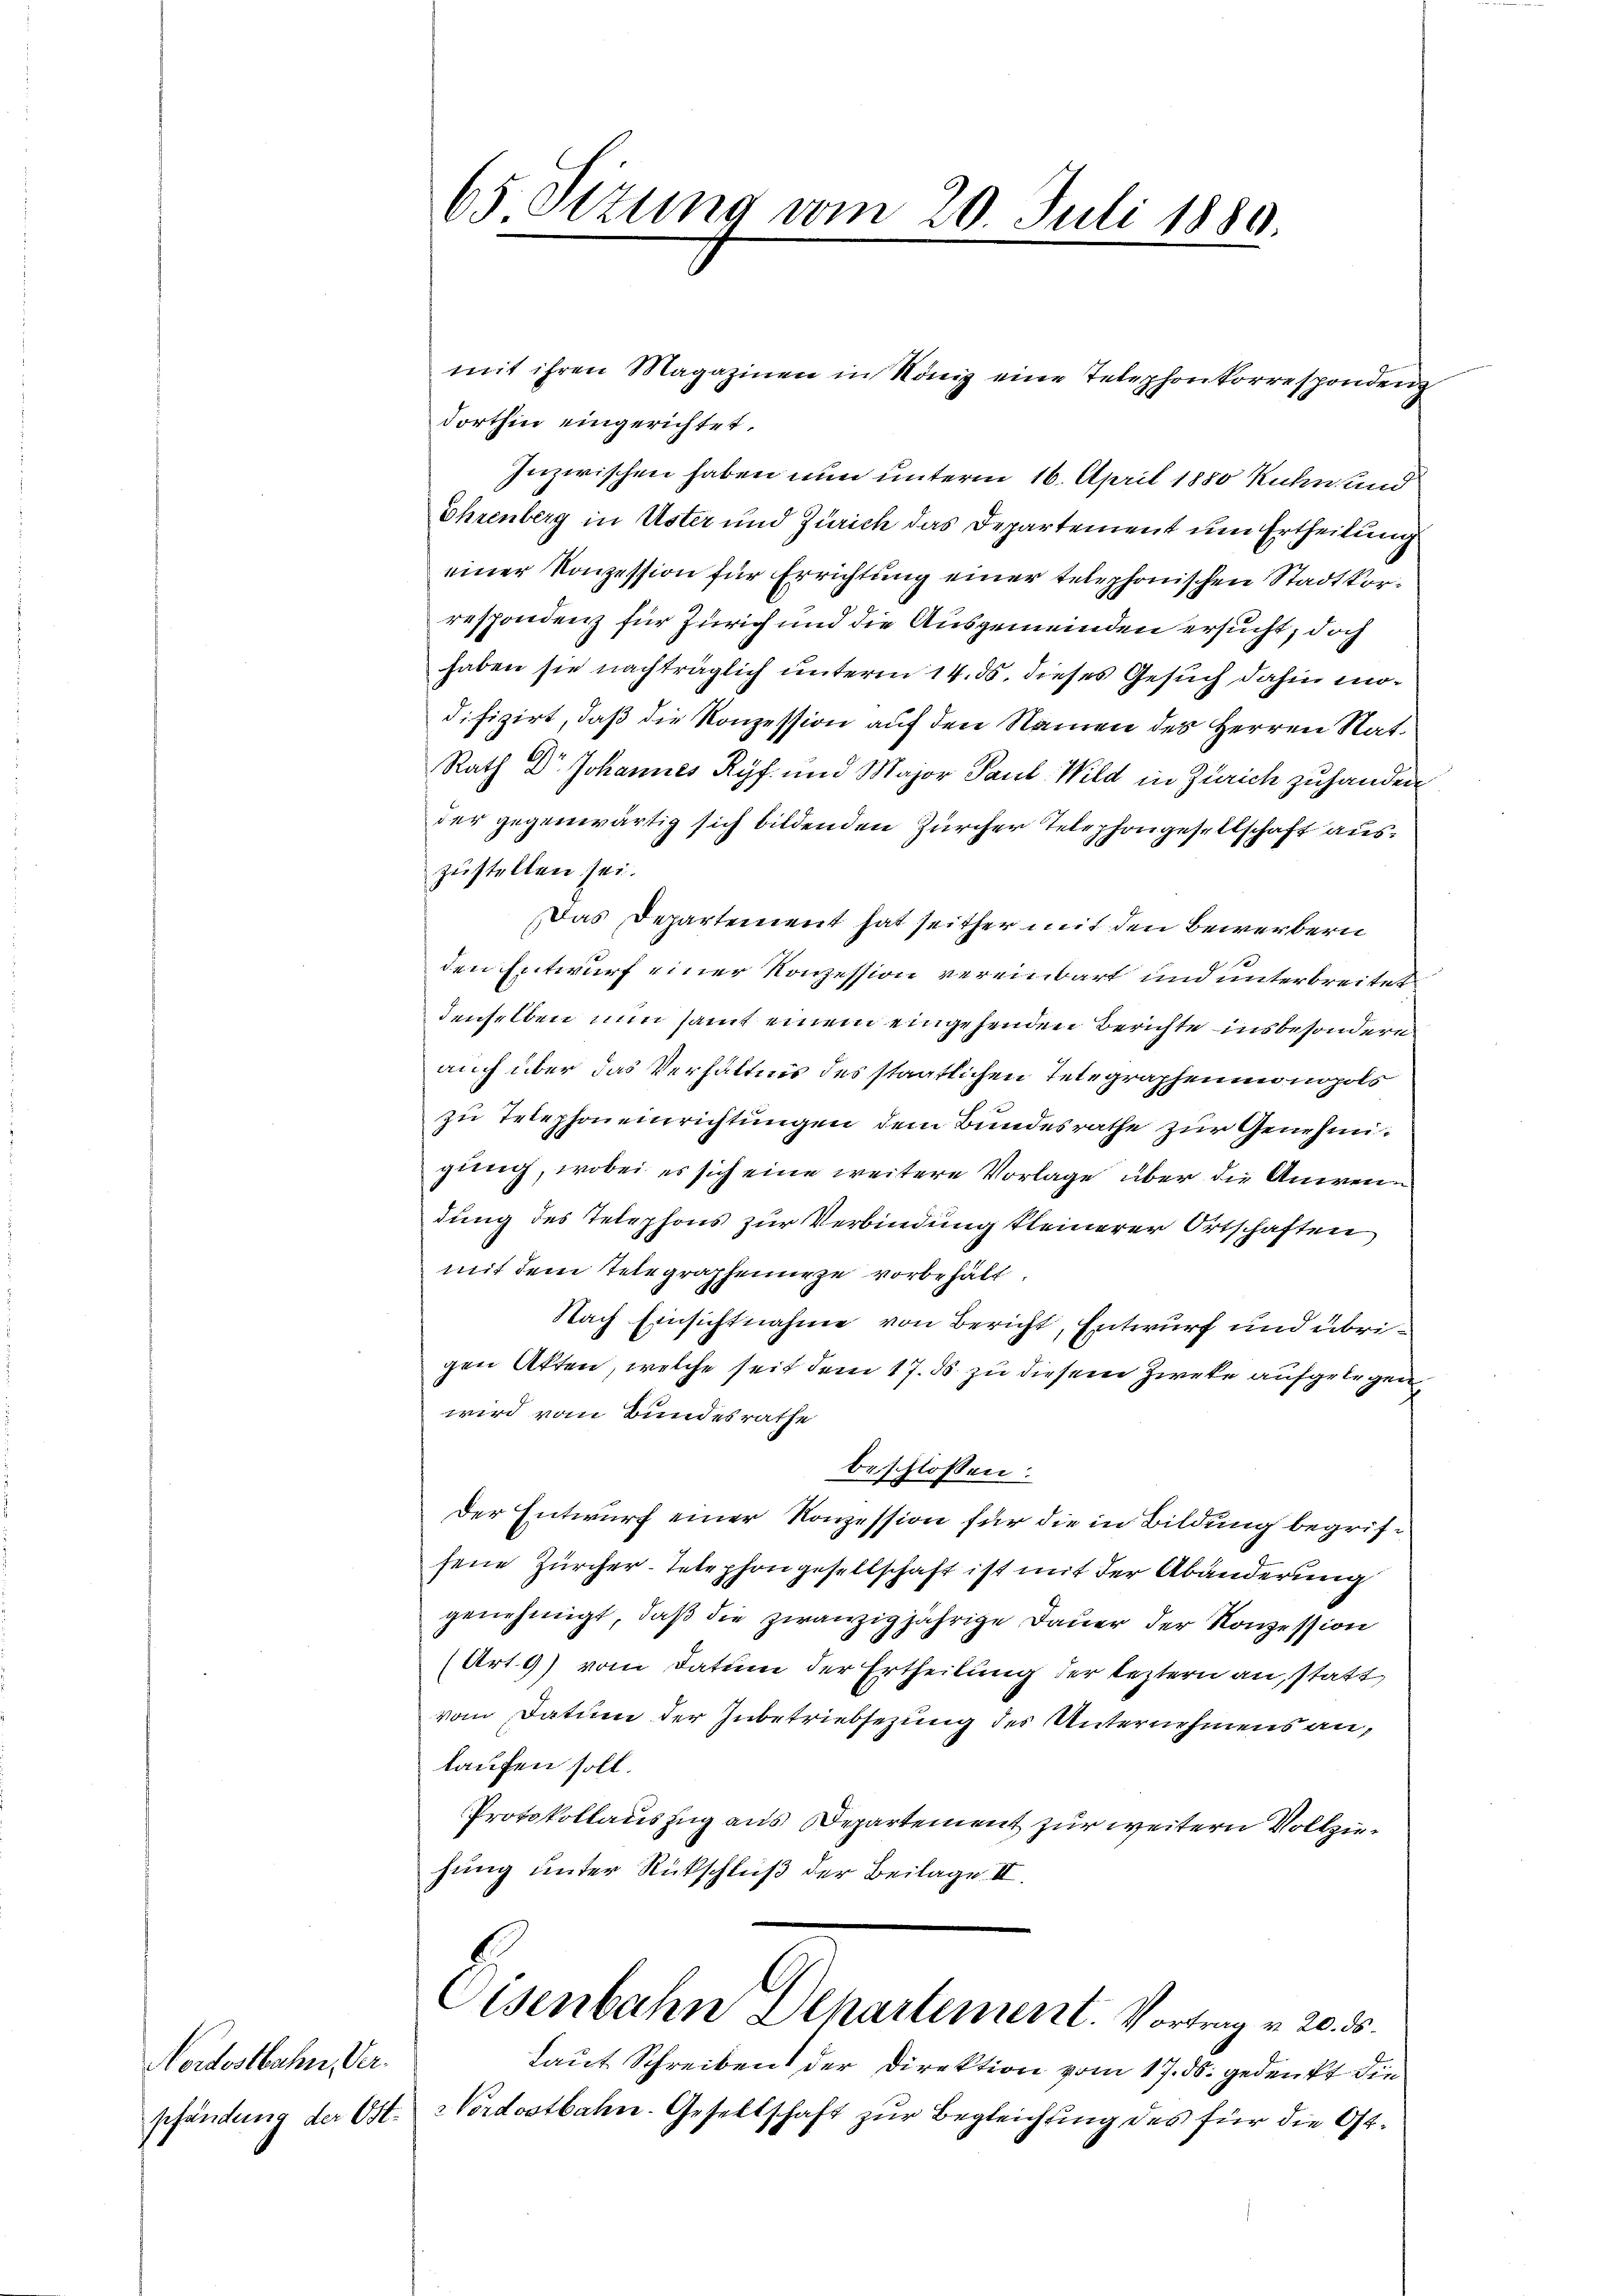
Nordostbahn, Verpfändung der Ost-

65 Sizung vom 20. Juli 1880

mit ihren Magazinen in König eine Telephonkorrespondenz
dorthin eingerichtet.
Inzwischen haben nun unterm 16. April 1880 Kuhn und
Ehrenberg in Uster und Zürich das Departement um Ertheilung
einer Konzession für Errichtung einer telephonischen Stadtkorrespondenz für Zürich und die Ausgemeinden ersucht, doch
haben sie nachträglich unterm 14. ds. dieses Gesuch dahin modifizirt, daß die Konzession auf den Namen des Herren Rat¬
Rath Dr Johannes Ryf und Major Paul Wild in Zürich zuhanden
der gegenwärtig sich bildenden Zürcher Telephongesellschaft auszustellen sei.
Das Departement hat seither mit den Bewerbern
den Entwurf einer Konzession vereinbart und unterbreitet
denselben nun samt einem eingehenden Berichte insbesondere
auch über das Verhältnis des staatlichen Telegraphenmonopols
zu Telephoneinrichtungen dem Bundesrathe zur Genehmigung, wobei es sich eine weitere Vorlage über die Anwendung des Telephons zur Verbindung kleinerer Ortschaften
mit dem Telegraphennige vorbehält.
Nach Einsichtnahme von Bericht, Entwurf und übrigen Akten, welche seit dem 17. ds zu diesem Zweke aufgelegen,
wird vom Bundesrathe
beschlossen:
Der Entwurf einer Konzession für die in Bildung begriffene Zürcher-Telephongesellschaft ist mit der Abänderung
genehmigt, daß die zwanzigjährige Dauer der Konzession
(Art. 9) vom Datum der Ertheilung der leztern an, statt
vom Datum der Inbetriebsezung des Unternehmens anlaufen soll.
Protokollauszug aus Departement zur weitern Vollziehung unter Rückschluß der Beilage II.
Cisenbahn Departement. Vortrag v. 20. ds.
Laut Schreiben der Direktion vom 17. ds. gedenkt die
Nordostbahn-Gesellschaft zur Begleichung des für die Ost¬